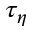
\tau _ { \eta }